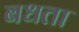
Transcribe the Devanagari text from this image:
बधता